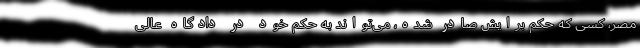
مصر، کسی که حکم برایش صادر شده، می‌تواند به حکم خود در دادگاه عالی